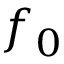
f _ { 0 }